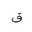
Letter: _qaf